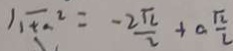
1 \sqrt { + a ^ { 2 } } = - \frac { 2 \sqrt { 2 } } { 2 } + a \frac { \sqrt { 2 } } { 2 }